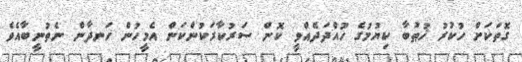
ގޮތަކަށް ހުކުރު ޚުޠުބާ ކިޔުމުގެ ހުއްދަދެއްވީ ކޮން ސަރުކާރަކުންކަން އެމީހުން ހަނދާން ނެތުނީބާއެވެ